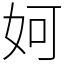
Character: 妸